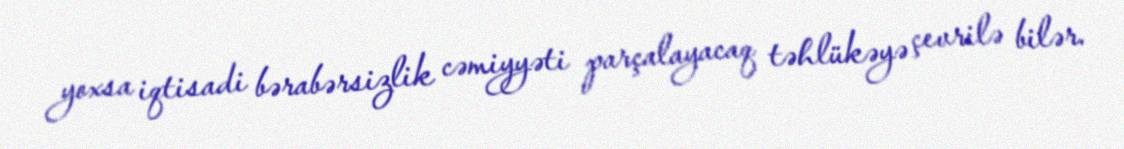
yoxsa iqtisadi bərabərsizlik cəmiyyəti parçalayacaq təhlükəyə çevrilə bilər.